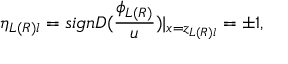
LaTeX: \eta _ { L ( R ) l } = s i g n D ( \frac { \phi _ { L ( R ) } } u ) | _ { x = z _ { L ( R ) l } } = \pm 1 ,